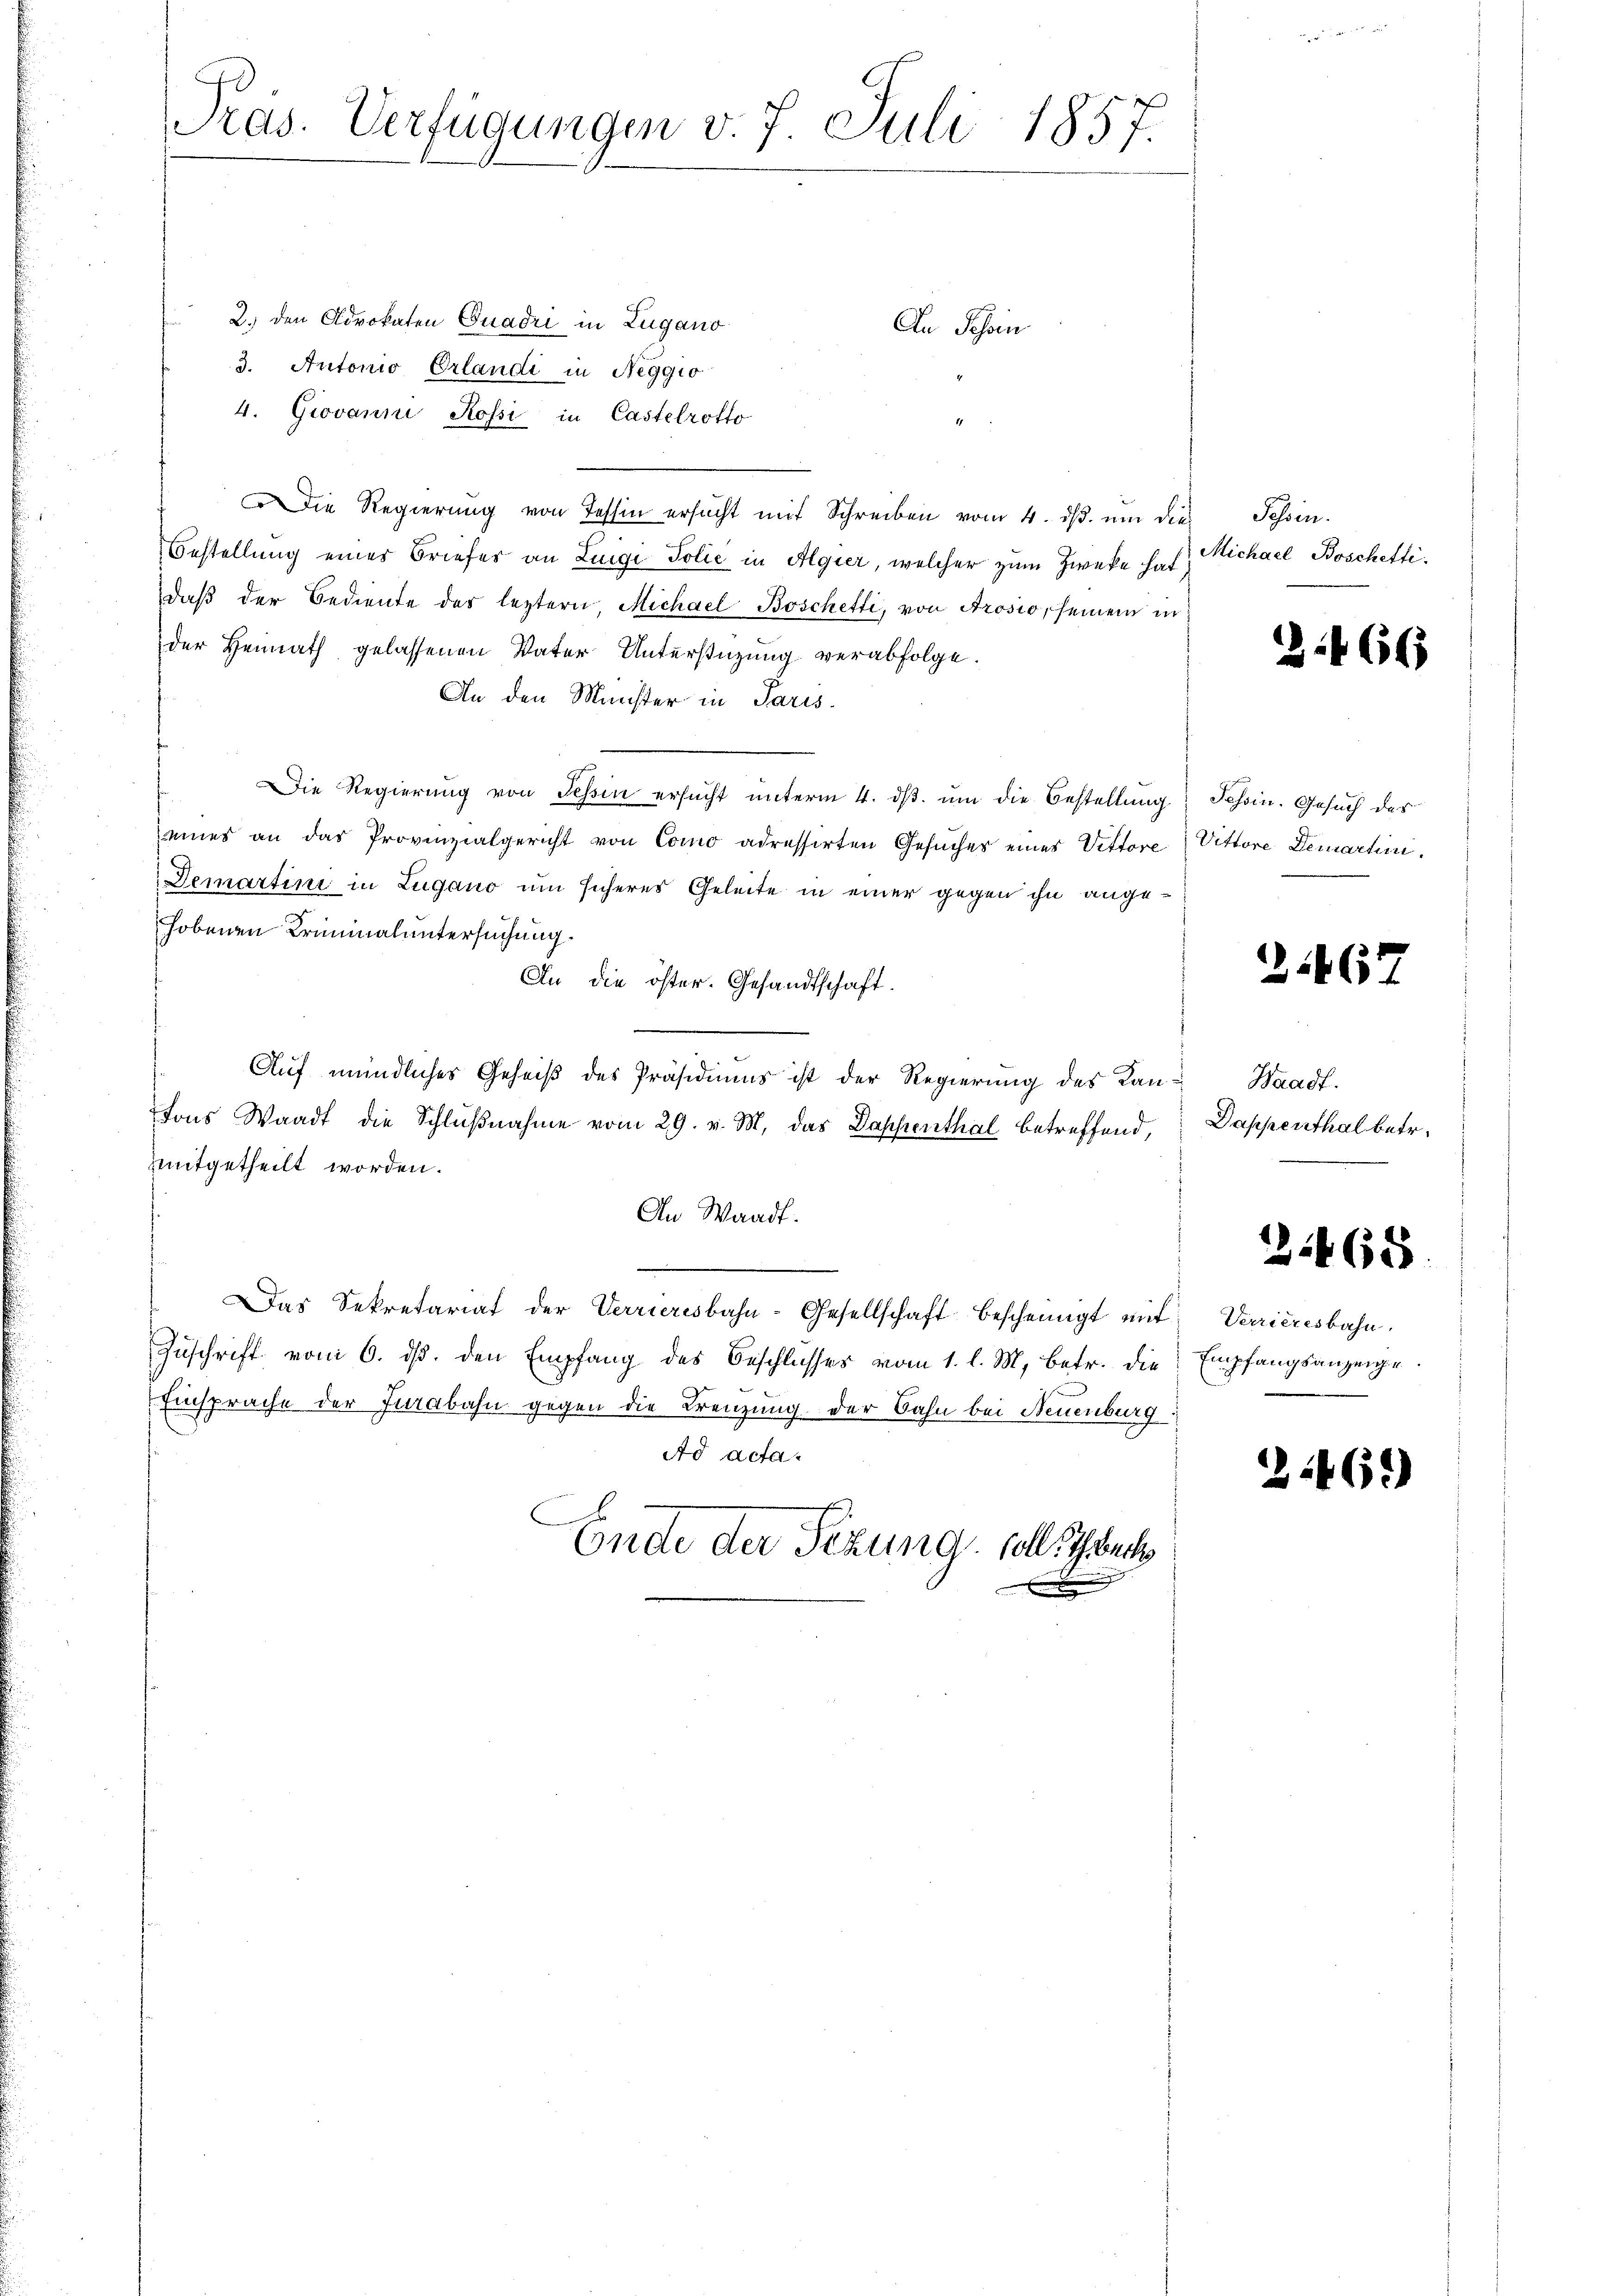
Präs. Verfügungen v. 7. Juli 1857.

2.) den Advokaten Quadri in Lugano
3. Autonio Erlandi in Neggio
4. Giovanni Rossi in Castelrotto
7
Die Regierung von Tessin ersucht mit Schreiben vom 4. ds. um die
Bestellung eines Briefer an Luigi Polie in Algier, welcher zum Zwecke hat
daβ der Bediente des leztern, Michael Boschetti, von Prosio, seinem in
der Heimath gelassenen Vater Unterstüzung verabfolge.
An den Münster in Paris.
Die Regierung von Tessin ersucht unterm 4. ds. ŭm die Bestellung Schein. Gesuch des
eines an das Provinzialgericht von Como adressirten Gesŭches eines Vittore) Vittore Demartini.
Demartini in Lugano um sicheres Geleite in einer gegen ihn angehobenen Kriminaluntersuchung.
An die öster. Gesandtschaft.
Auf mündliches Geheiß des Präsidiums ist der Regierung des Kantons Waadt die Schlŭβnahme vom 29. v. M. das Dappenthal betreffend, Dappenthal betr.
mitgetheilt worden.
An Waadt
e
Das Sekretariat der Verrieresbahn-Gesellschaft bescheinigt mit Verrieresbahn.
Zuschrift vom 6. ds. den Empfang des Beschlusses vom 1. l. M. betr. die Empfangsanzeige
Einsprache der Jurabahn gegen die Krenzung der Bahn bei Neuenburg
Ad acta.
Ende der Sezung soll. Ist

An Schin

Jossen.
Michael Boschetti.

266

2.467

Waadt.

31468.

2146)